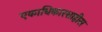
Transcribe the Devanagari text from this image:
एकाधिकारशाहीस